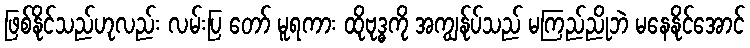
ဖြစ်နိုင်သည်ဟုလည်း လမ်းပြ တော် မူရကား ထိုဗုဒ္ဓကို အကျွန်ုပ်သည် မကြည်ညိုဘဲ မနေနိုင်အောင်